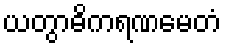
ယတွာဓိကရဏမေတံ